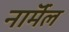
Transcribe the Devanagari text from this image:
नाॅर्मल